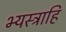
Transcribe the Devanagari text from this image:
भ्यस्त्राहि